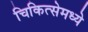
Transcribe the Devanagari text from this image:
चिकित्सेमध्ये